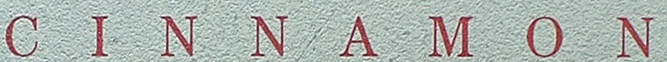
CINNAMON